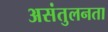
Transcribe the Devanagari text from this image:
असंतुलनता